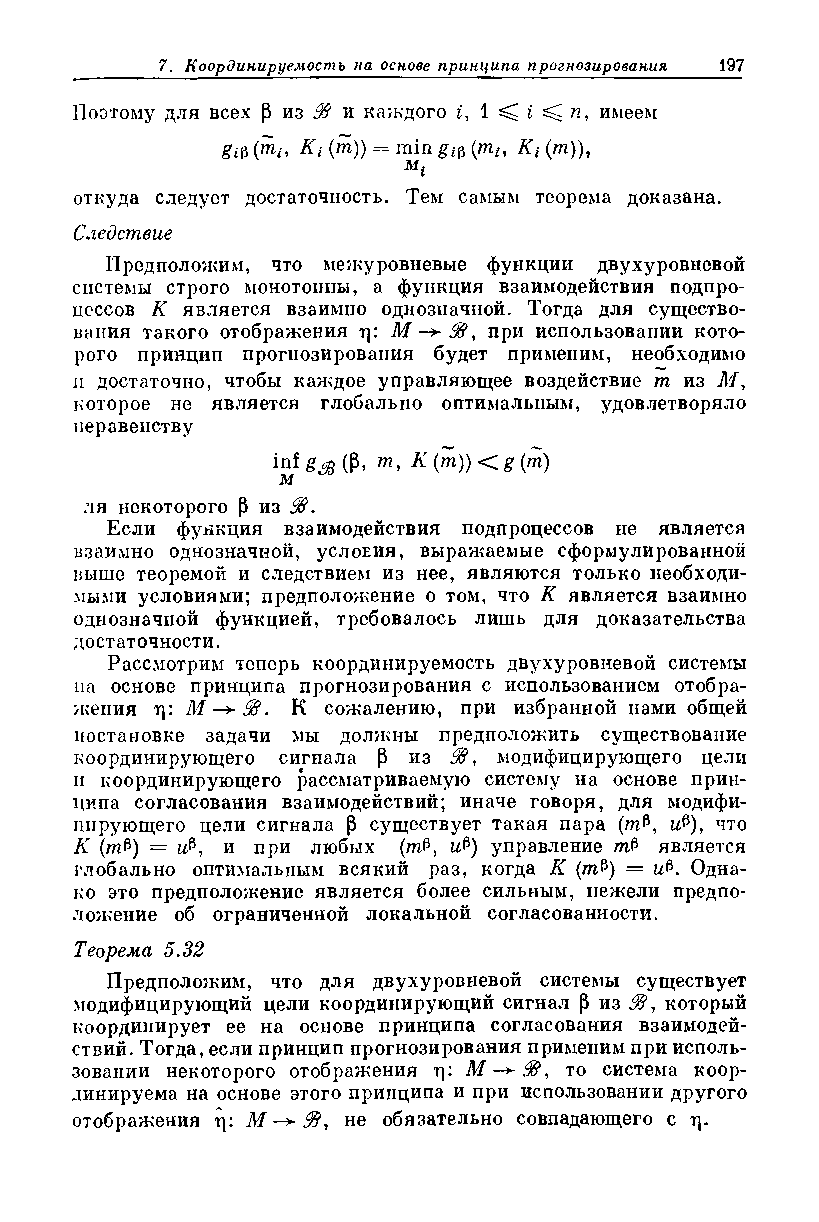
Поэтому для всех р из 96 и каждого i, 1 ^ i ^ гг, имеем
 gi^(mh Kt (т)) = min gi$(mh Kt (m))y
 Mi
 откуда следует достаточность. Тем самым теорема доказана.
 Следствие
 Предположим, что межуровневые функции двухуровневой
 системы строго монотонны, а функция взаимодействия подпро­
 цессов К является взаимно однозначной. Тогда для существо­
 вания такого отображения ц: М —>■ 95, при использовании кото­
 рого принцип прогнозирования будет применим, необходимо
 и достаточно, чтобы каждое управляющее воздействие т из 71/,
 которое не является глобально оптимальным, удовлетворяло
 неравенству
 inf £я(Р, т, К (т)) < g (т)
 м
 ля некоторого Р из 95,
 Если функция взаимодействия подпроцессов не является
 взаимно однозначной, условия, выражаемые сформулированной
 выше теоремой и следствием из нее, являются только необходи­
 мыми условиями; предположение о том, что К является взаимно
 однозначной функцией, требовалось лишь для доказательства
 достаточности.
 Рассмотрим теперь координируемость двухуровневой системы
 па основе принципа прогнозирования с использованием отобра­
 жения ц: М -+■ 95. К сожалению, при избранной нами общей
 постановке задачи мы должны предположить существование
 координирующего сигнала Р из 95, модифицирующего цели
 н координирующего рассматриваемую систему на основе прин­
 ципа согласования взаимодействий; иначе говоря, для модифи­
 цирующего цели сигнала р существует такая пара (тР, цР), что
 К (т&) = Ф, и при любых (тР, и$) управление лгР является
 глобально оптимальным всякий раз, когда К (ягР) = и$. Одна­
 ко это предположение является более сильным, нежели предпо­
 ложение об ограниченной локальной согласованности.
 Теорема 5.32
 Предположим, что для двухуровневой системы существует
 модифицирующий цели координирующий сигнал Р из 95, который
 координирует ее на основе принципа согласования взаимодей­
 ствий. Тогда, если принцип прогнозирования применим при исполь­
 зовании некоторого отображения т|: 71/ —*95, то система коор­
 динируема на основе этого принципа и при использовании другого
 отображения ц: 71/ — 95, не обязательно совпадающего с ц.